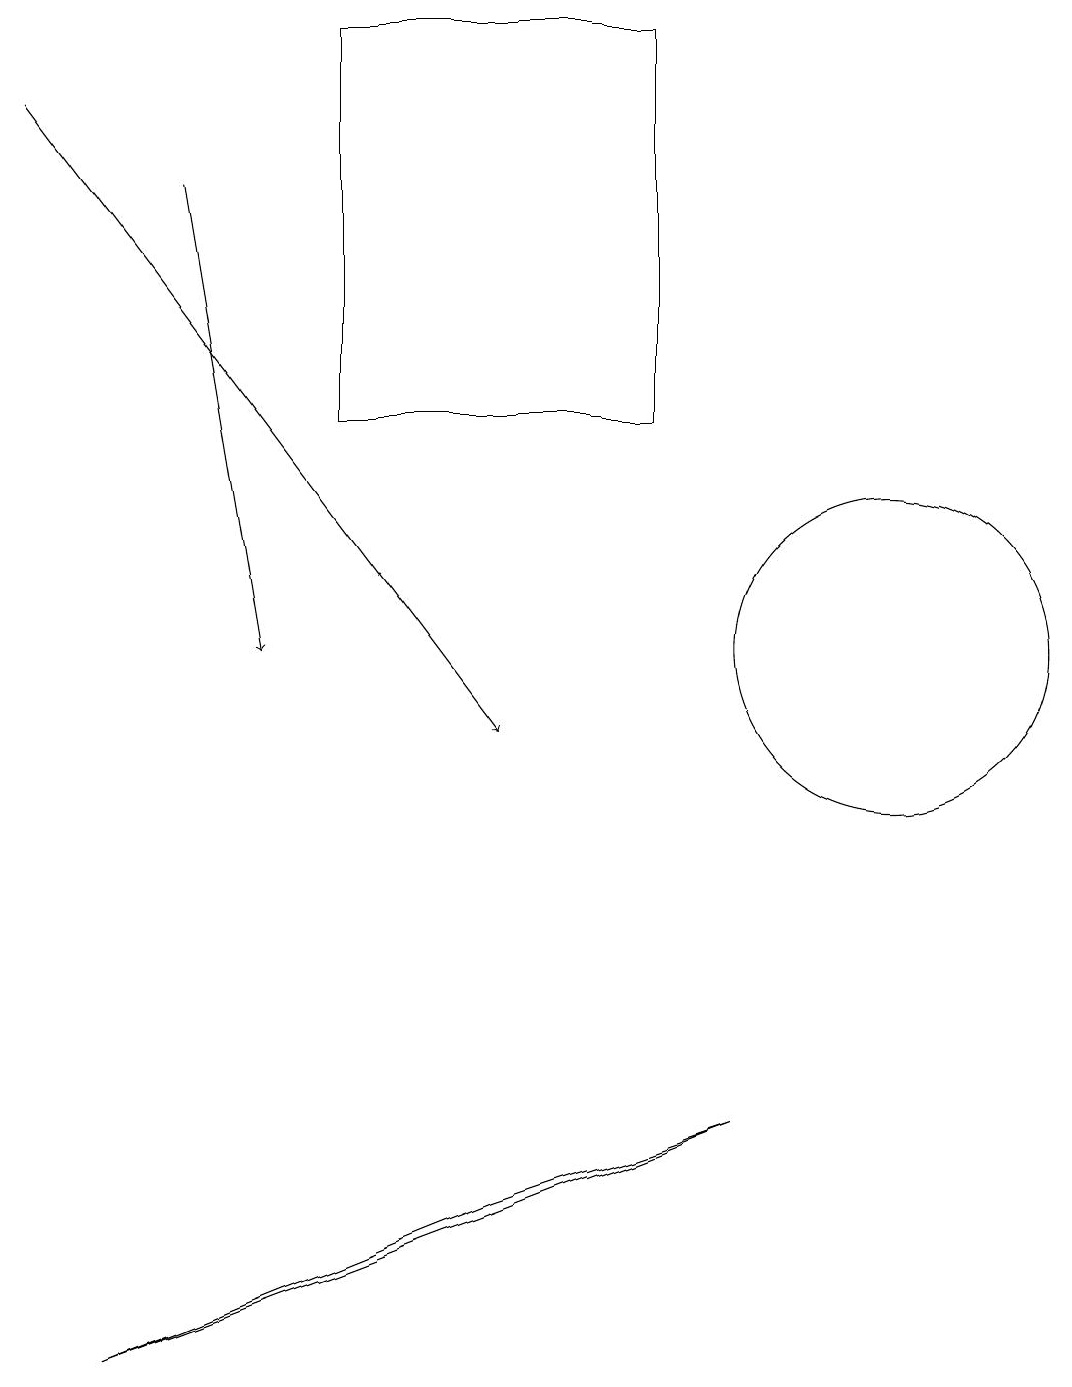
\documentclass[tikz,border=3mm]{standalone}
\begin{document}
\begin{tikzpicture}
\draw[->] (2,17) -- (3,11);
\draw (1,2) -- (6,4) -- (9,5) -- cycle;
\draw[->] (0,18) -- (6,10);
\draw (4,19) rectangle (8,14);
\draw (11,11) circle (2);
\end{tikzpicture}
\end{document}